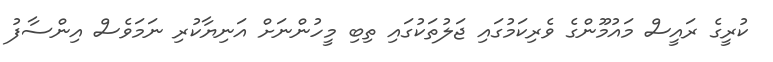
ކުރީގެ ރައީސް މައުމޫންގެ ވެރިކަމުގައި ޖަލުތަކުގައި ތިބި މީހުންނަށް އަނިޔާކުރި ނަމަވެސް އިންސާފު